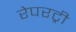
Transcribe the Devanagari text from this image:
रेपरट्री